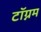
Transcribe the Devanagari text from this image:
टॉग्नम